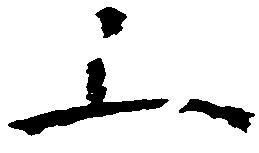
上